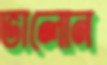
ভালোন